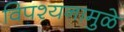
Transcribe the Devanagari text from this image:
विपश्यनामुळे